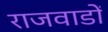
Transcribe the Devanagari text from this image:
राजवाडों